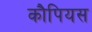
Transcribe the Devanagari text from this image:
कौपियस